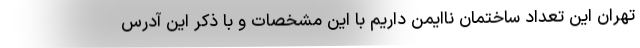
تهران این تعداد ساختمان ناایمن داریم با این مشخصات و با ذکر این آدرس